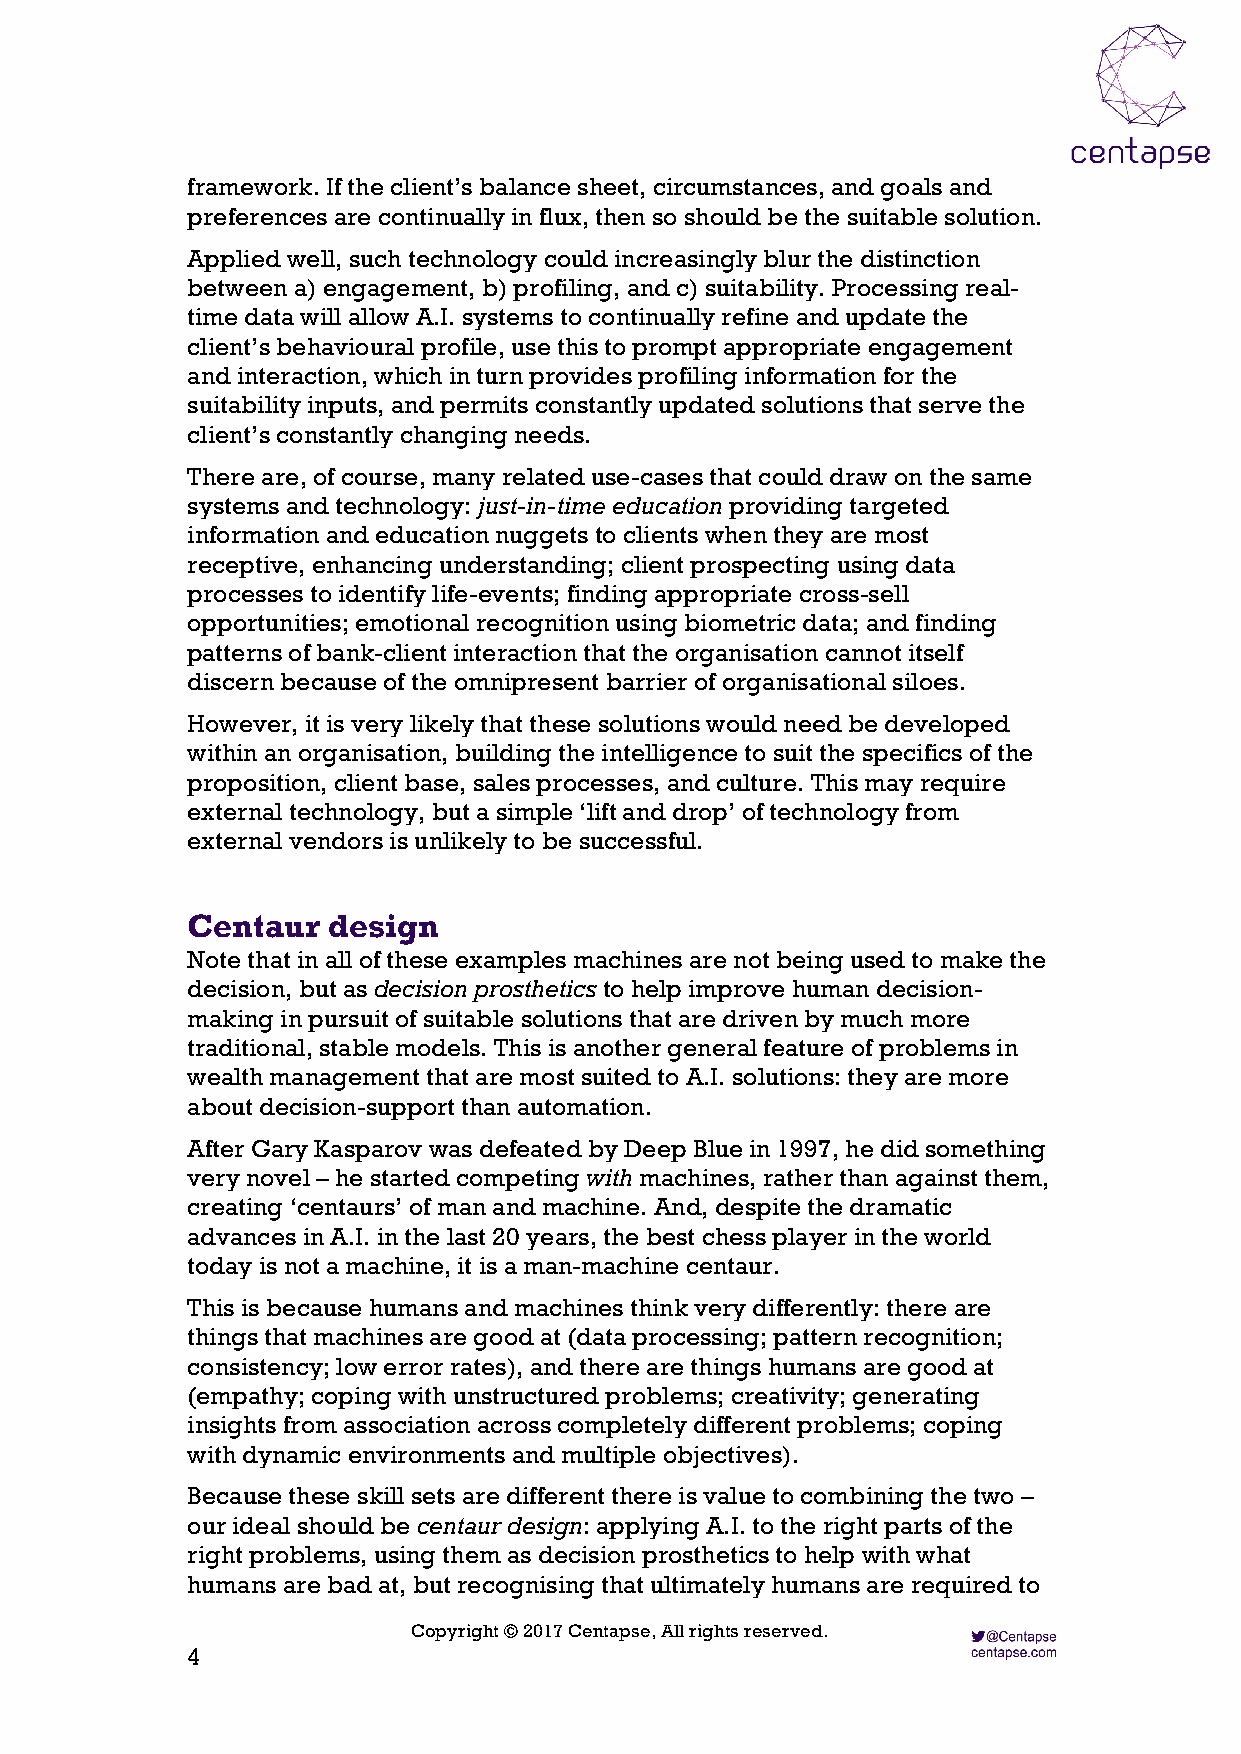
framework. If the client’s balance sheet, circumstances, and goals and
 preferences are continually in flux, then so should be the suitable solution.
 Applied well, such technology could increasingly blur the distinction
 between a) engagement, b) profiling, and c) suitability. Processing real-
 time data will allow A.I. systems to continually refine and update the
 client’s behavioural profile, use this to prompt appropriate engagement
 and interaction, which in turn provides profiling information for the
 suitability inputs, and permits constantly updated solutions that serve the
 client’s constantly changing needs.
 There are, of course, many related use-cases that could draw on the same
 systems and technology: just-in-time education providing targeted
 information and education nuggets to clients when they are most
 receptive, enhancing understanding; client prospecting using data
 processes to identify life-events; finding appropriate cross-sell
 opportunities; emotional recognition using biometric data; and finding
 patterns of bank-client interaction that the organisation cannot itself
 discern because of the omnipresent barrier of organisational siloes.
 However, it is very likely that these solutions would need be developed
 within an organisation, building the intelligence to suit the specifics of the
 proposition, client base, sales processes, and culture. This may require
 external technology, but a simple ‘lift and drop’ of technology from
 external vendors is unlikely to be successful.
 Centaur   design
 Note that in all of these examples machines are not being used to make the
 decision, but as decision prosthetics to help improve human decision-
 making in pursuit of suitable solutions that are driven by much more
 traditional, stable models. This is another general feature of problems in
 wealth management that are most suited to A.I. solutions: they are more
 about decision-support than automation.
 After Gary Kasparov was defeated by Deep Blue in 1997, he did something
 very novel – he started competing with machines, rather than against them,
 creating ‘centaurs’ of man and machine. And, despite the dramatic
 advances in A.I. in the last 20 years, the best chess player in the world
 today is not a machine, it is a man-machine centaur.
 This is because humans and machines think very differently: there are
 things that machines are good at (data processing; pattern recognition;
 consistency; low error rates), and there are things humans are good at
 (empathy; coping with unstructured problems; creativity; generating
 insights from association across completely different problems; coping
 with dynamic environments and multiple objectives).
 Because these skill sets are different there is value to combining the two –
 our ideal should be centaur design: applying A.I. to the right parts of the
 right problems, using them as decision prosthetics to help with what
 humans are bad at, but recognising that ultimately humans are required to
 Copyright © 2017 Centapse, All rights reserved.
 4